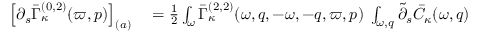
\begin{array} { r l } { \left[ \partial _ { s } \bar { \Gamma } _ { \kappa } ^ { ( 0 , 2 ) } ( \varpi , p ) \right] _ { ( a ) } } & { { } = \frac 1 2 \int _ { \omega } \bar { \Gamma } _ { \kappa } ^ { ( 2 , 2 ) } ( \omega , q , - \omega , - q , \varpi , p ) \; \int _ { \omega , q } \tilde { \partial } _ { s } \bar { C } _ { \kappa } ( \omega , q ) } \end{array}